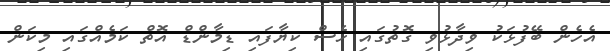
އެހެން ބޭފުޅަކު ވިދާޅުވި ގޮތުގައި ހެސް ކިޔާފައި ޑިމާންޑް އޮތް ކަމެއްގައި މިކަން